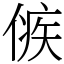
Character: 㑵